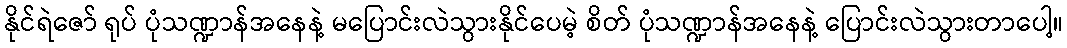
နိုင်ရဲဇော် ရုပ် ပုံသဏ္ဍာန်အနေနဲ့ မပြောင်းလဲသွားနိုင်ပေမဲ့ စိတ် ပုံသဏ္ဍာန်အနေနဲ့ ပြောင်းလဲသွားတာပေါ့။